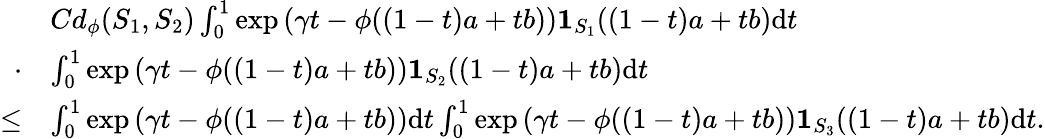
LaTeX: \begin{array}{rl}&{Cd_{\phi}(S_{1},S_{2})\int_{0}^{1}\exp\left(\gamma t-\phi((1-t)a+tb)\right)\mathbf{1}_{S_{1}}((1-t)a+tb)\textup{d}t}\\ {\cdot}&{\int_{0}^{1}\exp\left(\gamma t-\phi((1-t)a+tb)\right)\mathbf{1}_{S_{2}}((1-t)a+tb)\textup{d}t}\\ {\leq}&{\int_{0}^{1}\exp\left(\gamma t-\phi((1-t)a+tb)\right)\textup{d}t\int_{0}^{1}\exp\left(\gamma t-\phi((1-t)a+tb)\right)\mathbf{1}_{S_{3}}((1-t)a+tb)\textup{d}t.}\end{array}